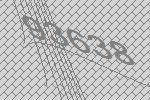
93638